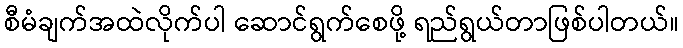
စီမံချက်အထဲလိုက်ပါ ဆောင်ရွက်စေဖို့ ရည်ရွယ်တာဖြစ်ပါတယ်။